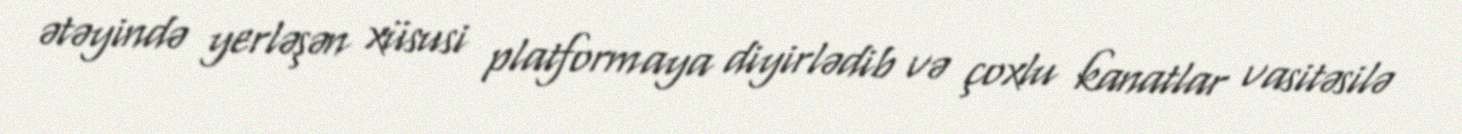
ətəyində yerləşən xüsusi platformaya diyirlədib və çoxlu kanatlar vasitəsilə